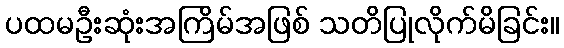
ပထမဦးဆုံးအကြိမ်အဖြစ် သတိပြုလိုက်မိခြင်း။